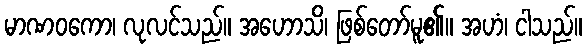
မာဏဝကော၊ လုလင်သည်။ အဟောသိ၊ ဖြစ်တော်မူ၏။ အဟံ၊ ငါသည်။